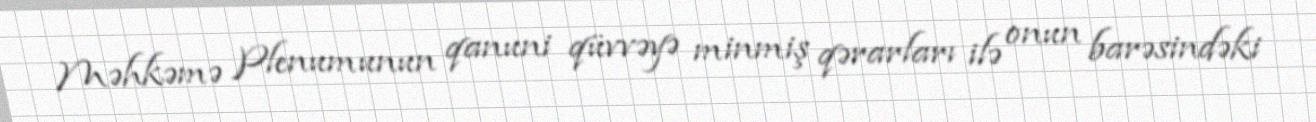
Məhkəmə Plenumunun qanuni qüvvəyə minmiş qərarları ilə onun barəsindəki